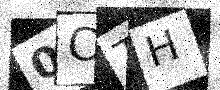
Text: 0CTH